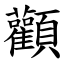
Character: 顴